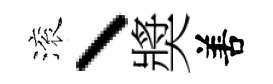
滚丶奬𠵊